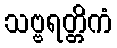
သဗ္ဗရတ္တိကံ